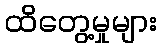
ထိတွေ့မှုများ